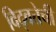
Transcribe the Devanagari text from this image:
विद्वत्तेची